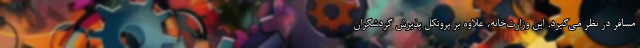
مسافر در نظر می‌گیرد. این وزارت‌خانه، علاوه بر پروتکل پذیرش گردشگران